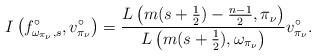
\begin{align*}I\left(f_{\omega_{\pi_\nu},s}^\circ,v_{\pi_{\nu}}^\circ\right)= \frac{L\left(m(s+\frac{1}{2})-\frac{n-1}{2},\pi_\nu\right)}{L\left(m(s+\frac{1}{2}),\omega_{\pi_\nu}\right)}v_{\pi_{\nu}}^\circ.\end{align*}